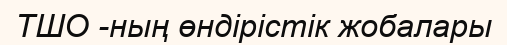
ТШО -ның өндірістік жобалары